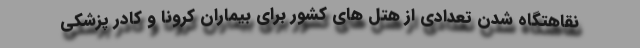
نقاهتگاه شدن تعدادی از هتل های کشور برای بیماران کرونا و کادر پزشکی